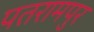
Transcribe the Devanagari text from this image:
पतरामपुर